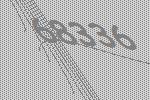
68336